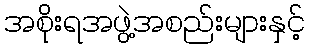
အစိုးရအဖွဲ့အစည်းများနှင့်